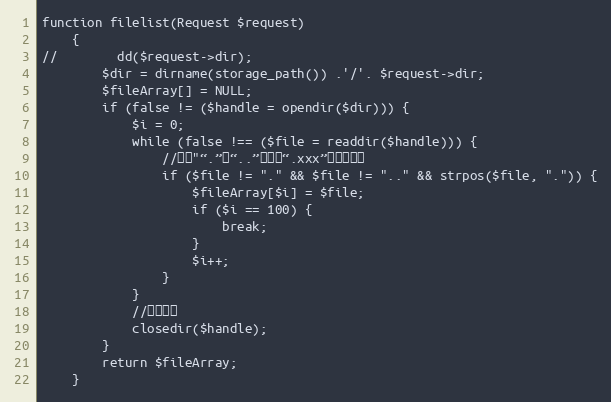
Language: PHP
function filelist(Request $request)
    {
//        dd($request->dir);
        $dir = dirname(storage_path()) .'/'. $request->dir;
        $fileArray[] = NULL;
        if (false != ($handle = opendir($dir))) {
            $i = 0;
            while (false !== ($file = readdir($handle))) {
                //去掉"“.”、“..”以及带“.xxx”后缀的文件
                if ($file != "." && $file != ".." && strpos($file, ".")) {
                    $fileArray[$i] = $file;
                    if ($i == 100) {
                        break;
                    }
                    $i++;
                }
            }
            //关闭句柄
            closedir($handle);
        }
        return $fileArray;
    }